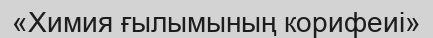
«Химия ғылымының корифеиі»